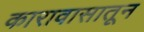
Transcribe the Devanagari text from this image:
कारावासातून